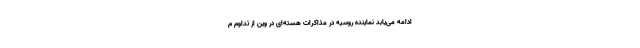
ادامه می‌‌یابد نماینده روسیه در مذاکرات هسته‌ای در وین از تداوم م